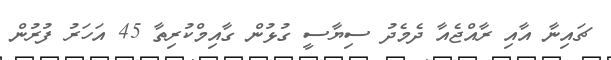
ޗައިނާ އާއި ރާއްޖެއާ ދެމެދު ސިޔާސީ ގުޅުން ގާއިމްކުރިތާ 45 އަހަރު ފުރުން